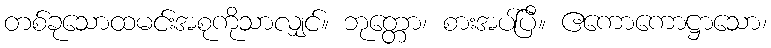
တစ်ခုသောထမင်းအစုကိုသာလျှင်။ ဘုတ္တော၊ စားအပ်ပြီ။ ဧကောကောဋ္ဌာသော၊